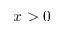
x > 0